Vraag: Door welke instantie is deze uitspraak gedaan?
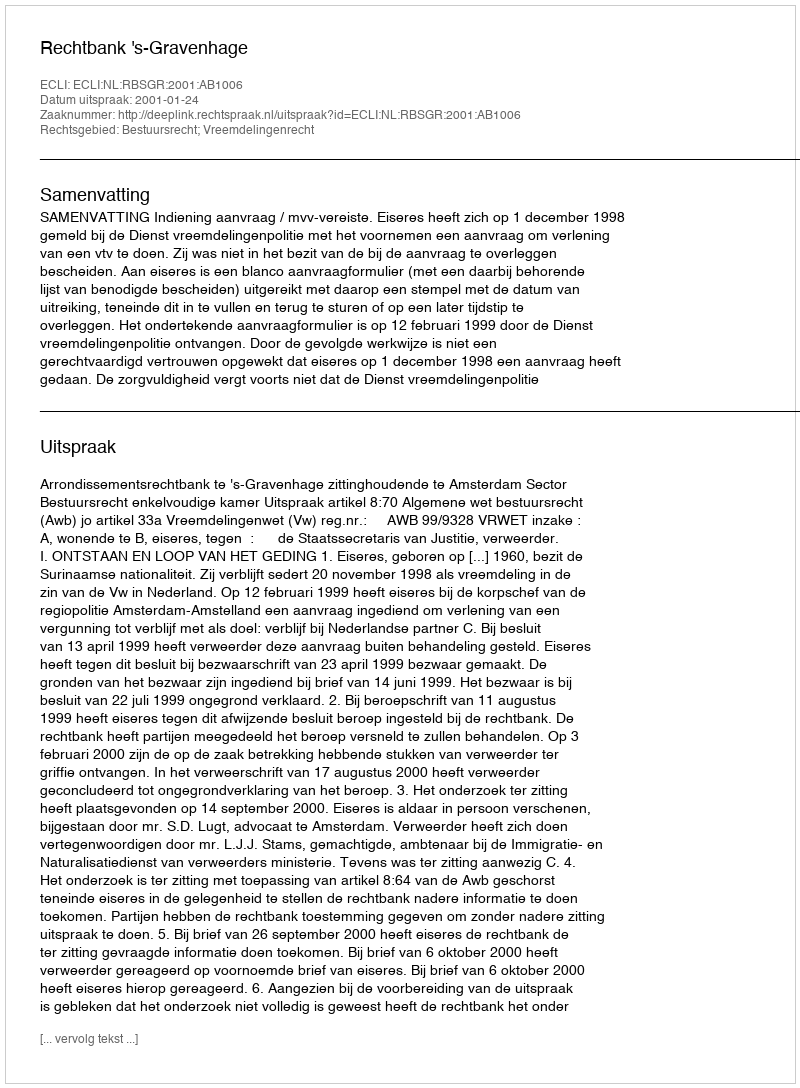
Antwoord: Rechtbank 's-Gravenhage